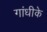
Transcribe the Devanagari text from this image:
गांधीके